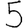
Digit: 5